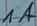
Text: 1A